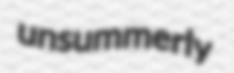
unsummerly